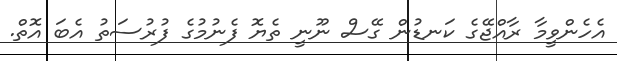
އެހެންވީމާ ރާއްޖޭގެ ކަނޑުން ގޭސް ނޫނީ ތެޔޮ ފެނުމުގެ ފުރުސަތު އެބަ އޮތް.